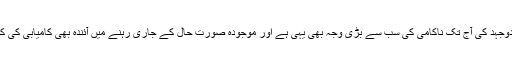
درحقیقت کشمیریوں کی جدوجہد کی آج تک ناکامی کی سب سے بڑی وجہ بھی یہی ہے اور موجودہ صورت حال کے جاری رہنے میں آئندہ بھی کامیابی کی کوئی امید نہیں کی جاسکتی۔